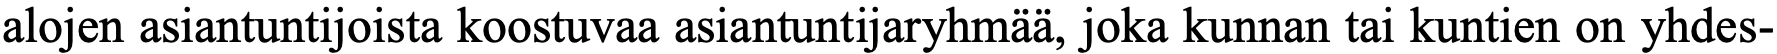
alojen asiantuntijoista koostuvaa asiantuntijaryhmää, joka kunnan tai kuntien on yhdes-